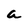
Character: a